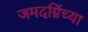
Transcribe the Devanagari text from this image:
जमदग्निंच्या